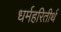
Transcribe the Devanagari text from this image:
धर्महरितीर्थ